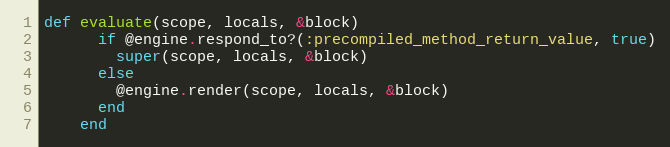
Language: Ruby
def evaluate(scope, locals, &block)
      if @engine.respond_to?(:precompiled_method_return_value, true)
        super(scope, locals, &block)
      else
        @engine.render(scope, locals, &block)
      end
    end